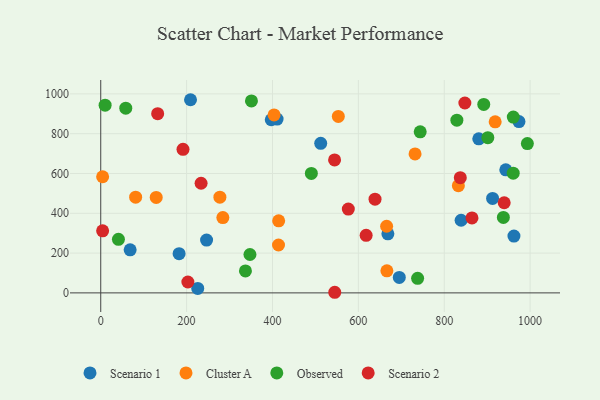
{"axis": {"x": "Price", "y": "Exam Score"}, "legend": ["Cluster A", "Observed", "Scenario 1", "Scenario 2"], "data": [{"x": "225.9", "y": 22.6, "type": "Scenario 1"}, {"x": "246.5", "y": 265.6, "type": "Scenario 1"}, {"x": "962.3", "y": 285.6, "type": "Scenario 1"}, {"x": "512.3", "y": 751.4, "type": "Scenario 1"}, {"x": "68.5", "y": 216.5, "type": "Scenario 1"}, {"x": "209.1", "y": 970.7, "type": "Scenario 1"}, {"x": "943.3", "y": 618.3, "type": "Scenario 1"}, {"x": "974.0", "y": 860.9, "type": "Scenario 1"}, {"x": "695.3", "y": 77.8, "type": "Scenario 1"}, {"x": "880.4", "y": 774.4, "type": "Scenario 1"}, {"x": "410.7", "y": 873.5, "type": "Scenario 1"}, {"x": "182.5", "y": 197.1, "type": "Scenario 1"}, {"x": "397.1", "y": 870.0, "type": "Scenario 1"}, {"x": "839.3", "y": 365.1, "type": "Scenario 1"}, {"x": "668.7", "y": 296.7, "type": "Scenario 1"}, {"x": "912.6", "y": 474.9, "type": "Scenario 1"}, {"x": "665.8", "y": 335.0, "type": "Cluster A"}, {"x": "553.3", "y": 886.6, "type": "Cluster A"}, {"x": "4.4", "y": 583.6, "type": "Cluster A"}, {"x": "129.2", "y": 479.8, "type": "Cluster A"}, {"x": "732.0", "y": 698.2, "type": "Cluster A"}, {"x": "918.6", "y": 859.8, "type": "Cluster A"}, {"x": "832.9", "y": 538.6, "type": "Cluster A"}, {"x": "414.0", "y": 240.7, "type": "Cluster A"}, {"x": "666.4", "y": 110.9, "type": "Cluster A"}, {"x": "414.4", "y": 362.1, "type": "Cluster A"}, {"x": "284.4", "y": 378.5, "type": "Cluster A"}, {"x": "403.7", "y": 894.1, "type": "Cluster A"}, {"x": "277.5", "y": 480.8, "type": "Cluster A"}, {"x": "81.3", "y": 480.8, "type": "Cluster A"}, {"x": "993.6", "y": 750.5, "type": "Observed"}, {"x": "10.2", "y": 943.1, "type": "Observed"}, {"x": "347.5", "y": 193.0, "type": "Observed"}, {"x": "744.0", "y": 809.3, "type": "Observed"}, {"x": "58.3", "y": 928.4, "type": "Observed"}, {"x": "738.0", "y": 73.3, "type": "Observed"}, {"x": "337.0", "y": 110.4, "type": "Observed"}, {"x": "937.7", "y": 379.1, "type": "Observed"}, {"x": "960.8", "y": 883.6, "type": "Observed"}, {"x": "901.5", "y": 780.2, "type": "Observed"}, {"x": "41.2", "y": 269.4, "type": "Observed"}, {"x": "490.5", "y": 600.1, "type": "Observed"}, {"x": "960.6", "y": 601.4, "type": "Observed"}, {"x": "829.4", "y": 867.8, "type": "Observed"}, {"x": "892.0", "y": 947.3, "type": "Observed"}, {"x": "351.0", "y": 964.5, "type": "Observed"}, {"x": "545.0", "y": 3.1, "type": "Scenario 2"}, {"x": "544.6", "y": 668.3, "type": "Scenario 2"}, {"x": "202.9", "y": 54.8, "type": "Scenario 2"}, {"x": "233.7", "y": 551.0, "type": "Scenario 2"}, {"x": "4.4", "y": 312.1, "type": "Scenario 2"}, {"x": "191.6", "y": 721.6, "type": "Scenario 2"}, {"x": "939.6", "y": 453.1, "type": "Scenario 2"}, {"x": "618.1", "y": 289.1, "type": "Scenario 2"}, {"x": "576.6", "y": 421.2, "type": "Scenario 2"}, {"x": "638.8", "y": 470.7, "type": "Scenario 2"}, {"x": "848.0", "y": 954.2, "type": "Scenario 2"}, {"x": "864.6", "y": 376.5, "type": "Scenario 2"}, {"x": "132.6", "y": 900.8, "type": "Scenario 2"}, {"x": "837.4", "y": 579.1, "type": "Scenario 2"}]}